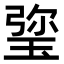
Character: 𤦀